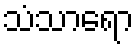
သံသာရော